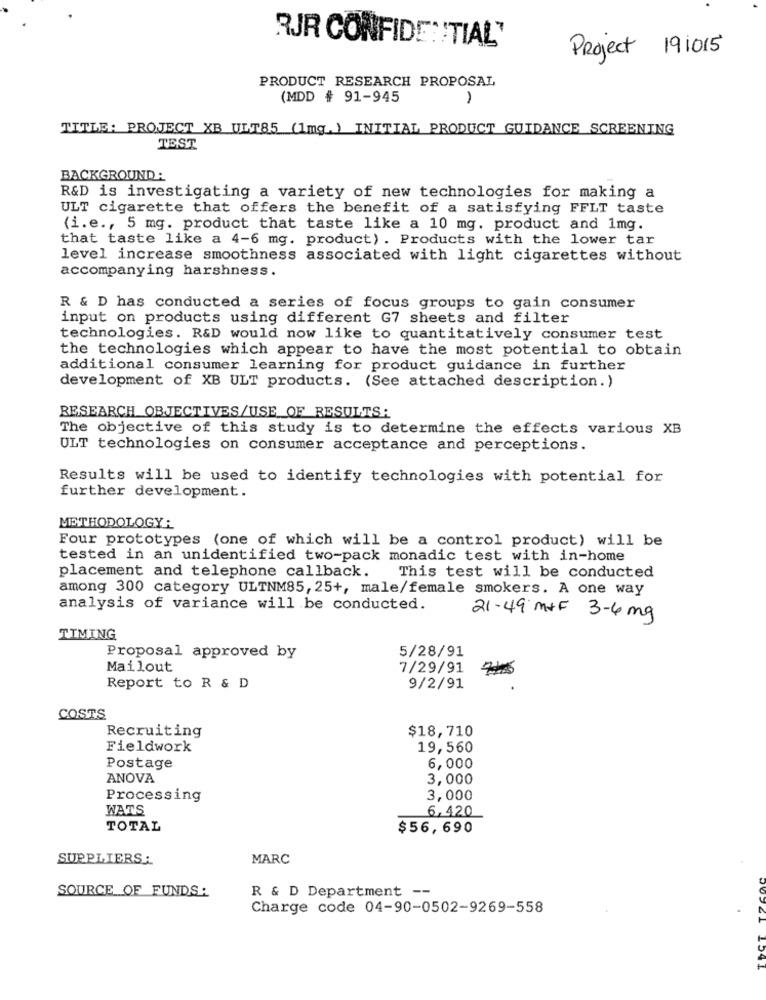
RJR CONFIDENTIAL"
Project 191015
PRODUCT RESEARCH PROPOSAL
(MDD # 91-945
TITLE: PROJECT XB ULT85 (1mg. ) INITIAL PRODUCT GUIDANCE SCREENING
TEST
BACKGROUND :
R&D is investigating a variety of new technologies for making a
ULT cigarette that offers the benefit of a satisfying FFLT taste
(i.e ., 5 mg. product that taste like a 10 mg. product and 1mg.
that taste like a 4-6 mg. product) . Products with the lower tar
level increase smoothness associated with light cigarettes without
accompanying harshness.
R & D has conducted a series of focus groups to gain consumer
input on products using different G7 sheets and filter
technologies. R&D would now like to quantitatively consumer test
the technologies which appear to have the most potential to obtain
additional consumer learning for product guidance in further
development of XB ULT products. (See attached description.)
RESEARCH OBJECTIVES/USE OF RESULTS:
The objective of this study is to determine the effects various XB
ULT technologies on consumer acceptance and perceptions.
Results will be used to identify technologies with potential for
further development.
METHODOLOGY :
Four prototypes (one of which will be a control product) will be
tested in an unidentified two-pack monadic test with in-home
placement and telephone callback.
This test will be conducted
among 300 category ULTNM85, 25+, male/female smokers. A one way
analysis of variance will be conducted.
21-49 m+F 3-4 mg
TIMING
5/28/91
Proposal approved by
Mailout
7/29/91
Report to R & D
9/2/91
COSTS
Recruiting
$18,710
Fieldwork
19,560
Postage
6,000
ANOVA
3,000
Processing
3,000
WATS
6, 420
TOTAL
$56,690
SUPPLIERS:
MARC
SOURCE OF FUNDS:
R & D Department --
Charge code 04-90-0502-9269-558